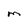
Character: M